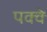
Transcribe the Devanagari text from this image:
पक्‍क्‍े